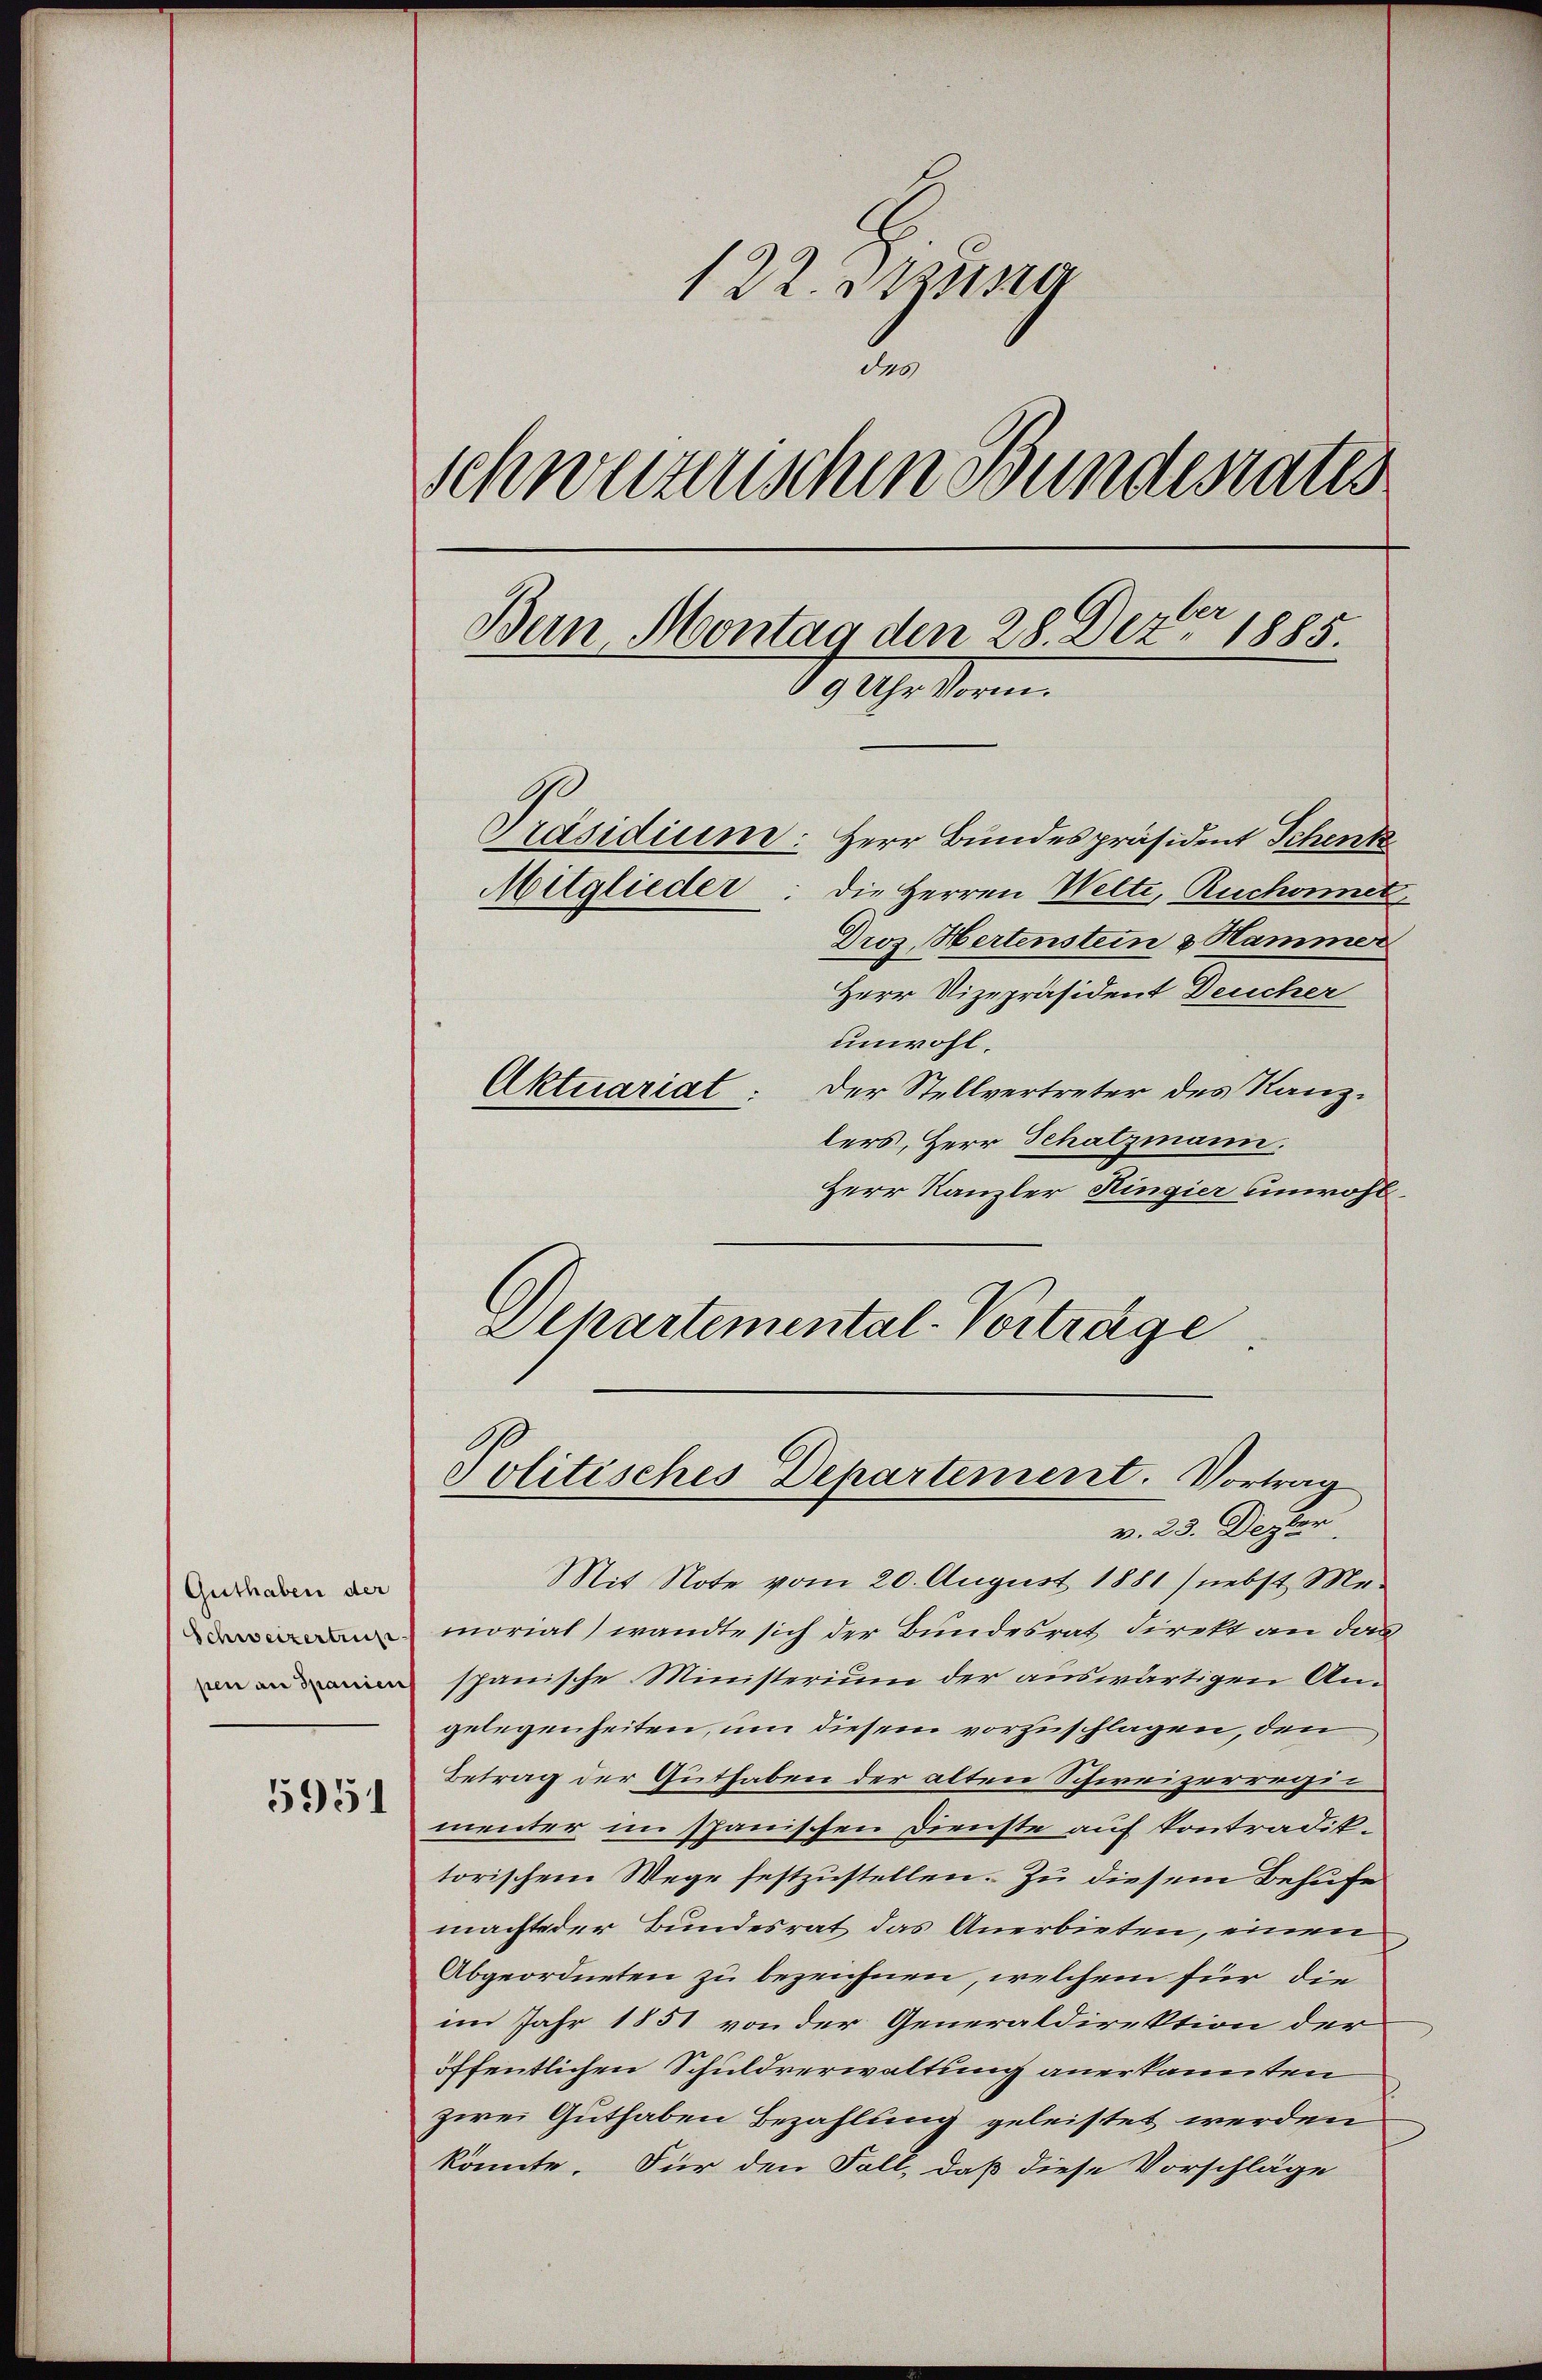
Guthaben der
Schweizertrus
pen an Spanien

5951

122. Ausg
der
schweizerischen Bundesrates
A
Bern Montag den 28. Dez. 1885.
19 Uhr stam

Präsidium
Herr Bundespräsident Schenk
Mitglieder
die Herren Welti, Ruchet,
Droz. Hertenstein & Hammer
Herr Vizepräsident Deucher
unwohl.
Aktuariat: Der Stellvertreter des Kanzlers, Herr Schatzmann.
Herr Kanzler Ringier unwohl¬
Politisches Departement. Vortrag
v. 23. Dezbr.
Mit Note vom 20. August 1881) nebst Me-
morial) wandte sich der Bundesrat direkt an das
spanische Ministerium der auswärtigen Angelegenheiten, um diesem vorzuschlagen, den
Betrag der Guthaben der alten Schweizerregi
menter im Spanischen Dienste auf Kontradiktorischem Wege festzustellen. Zu diesem Behufe
machte der Bundesrat das Anerbieten, einen
Abgeordneten zu bezeichnen, welchem für die
im Jahr 1851 von der Generaldirektion der
öffentlichen Schuldverwaltung anerkannten
zwei Guthaben Bezahlung geleistet werden
könnte. Für den Fall, daß diese Vorschläge

Alpartemental-Vorträge